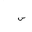
Letter: _sin